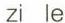
zi le